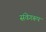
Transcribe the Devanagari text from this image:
संवेगरूप